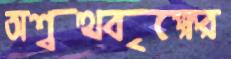
অশ্বত্থবৃক্ষের